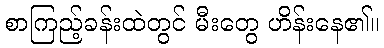
စာကြည့်ခန်းထဲတွင် မီးတွေ ဟိန်းနေ၏။